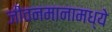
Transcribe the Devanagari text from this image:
जीवनमानामध्ये